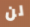
لن